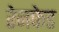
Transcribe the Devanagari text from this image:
रेनफेड